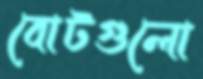
বোটগুলো